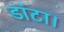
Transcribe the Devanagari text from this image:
डांटा।